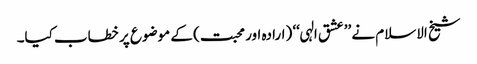
شیخ الاسلام نے ’’عشق الہی‘‘ (ارادہ اور محبت) کے موضوع پر خطاب کیا۔